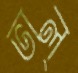
ভাল্